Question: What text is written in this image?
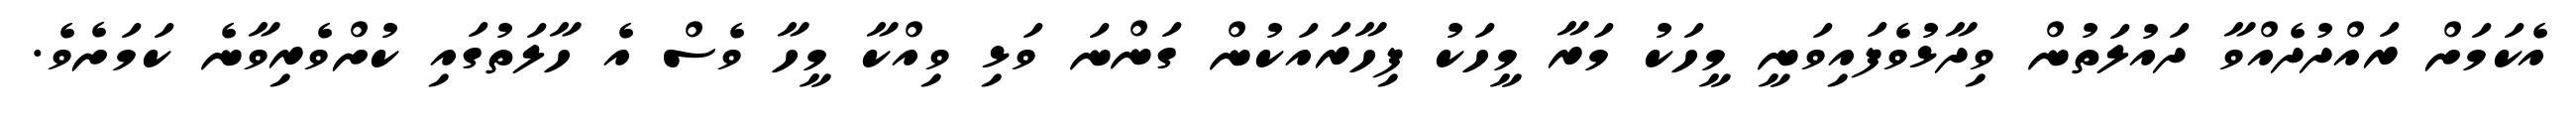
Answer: އެކަމަށް ރައްދުދެއްވާ ދައުލަތުން ވިދާޅުވެފައިވަނީ މީހަކު މަރާ މީހަކު ފިހާރައަކުން ގަންނަ ވަޅި ވިއްކާ މީހާ ވެސް އެ ހާލަތުގައި ކުށްވެރިވާނެ ކަމަށެވެ.